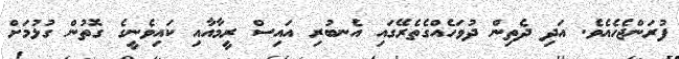
ފުރަންޖެހެއެވެ. އަދި ދެތިން ދުވަހެއްގެތެރޭގައި އެނބުރި އައިސް ރީމާއާއި ކައިވެނީގެ ގޮތުން ގުޅުމަށް